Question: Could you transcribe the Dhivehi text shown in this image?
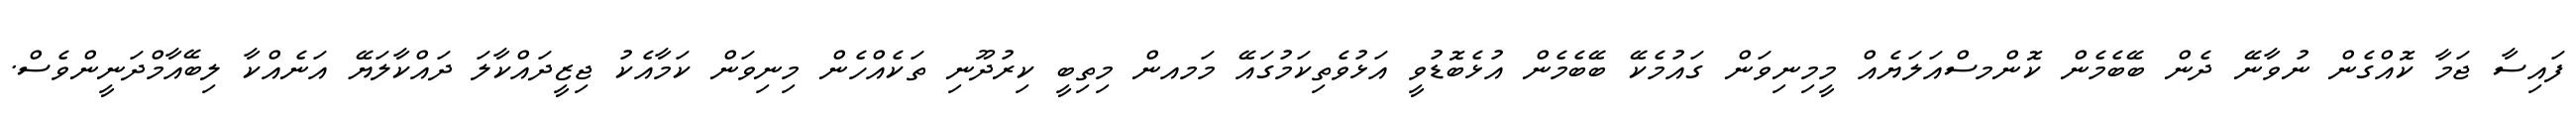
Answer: ފައިސާ ޖަމާ ކޮއްގެން ނުވާނޭ ދެން ބޭބެމެން ކޮންމސްއަލަޔެއް މީމިނިވަން ގައުމެކޭ ބޭބެމެން އުޅެބޮޑުވީ އަޅުވެތިކަމުގައޭ މަމއން މިތިބީ ކިރުދޫނި ތަކެއްހެން މިނިވަން ކަމާއެކު ޖިޒީދައްކާލަ ދައްކާލަޔޭ އަނެއްކާ ލިބޭއާމްދަނީންވެސް.